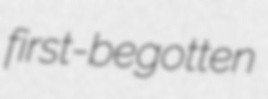
first-begotten